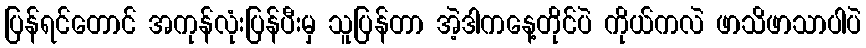
ပြန်ရင်တောင် အကုန်လုံးပြန်ပီးမှ သူပြန်တာ အဲ့ဒါကနေ့တိုင်ပဲ ကိုယ်ကလဲ ဖာသိဖာသာပါပဲ